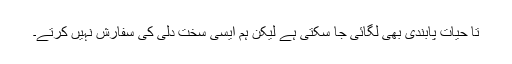
تا حیات پابندی بھی لگائی جا سکتی ہے لیکن ہم ایسی سخت دلی کی سفارش نہیں کرتے۔